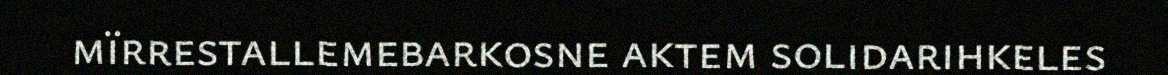
mïrrestallemebarkosne aktem solidarihkeles